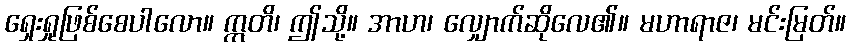
ရှေးရှုဖြစ်စေပါလော။ ဣတိ၊ ဤသို့။ အာဟ၊ လျှောက်ဆိုလေ၏။ မဟာရာဇ၊ မင်းမြတ်။